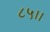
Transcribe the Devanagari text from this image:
८५।।